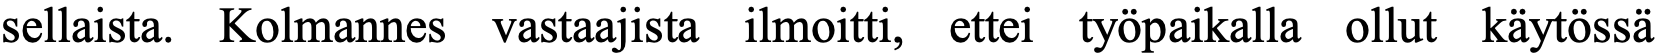
sellaista. Kolmannes vastaajista ilmoitti, ettei työpaikalla ollut käytössä